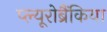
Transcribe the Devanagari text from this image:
प्ल्यूरोब्रैंकिया